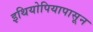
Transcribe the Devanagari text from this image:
इथियोपियापासून